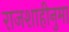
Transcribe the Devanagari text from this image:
राजशाहीनुमा